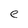
Character: e